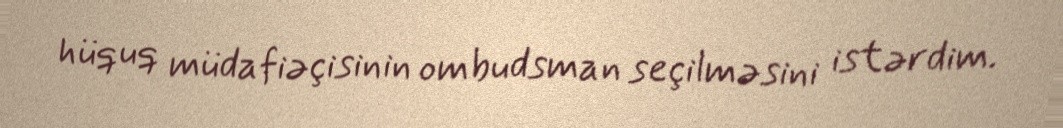
hüquq müdafiəçisinin ombudsman seçilməsini istərdim.